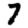
Digit: 7